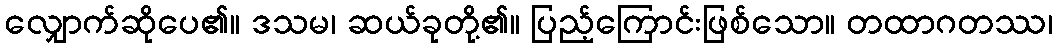
လျှောက်ဆိုပေ၏။ ဒသမ၊ ဆယ်ခုတို့၏။ ပြည့်ကြောင်းဖြစ်သော။ တထာဂတဿ၊